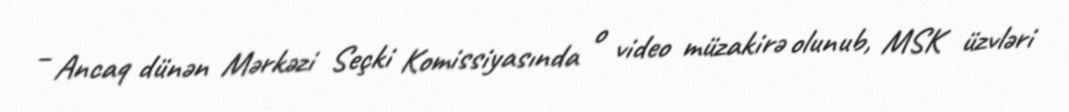
– Ancaq dünən Mərkəzi Seçki Komissiyasında o video müzakirə olunub, MSK üzvləri